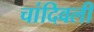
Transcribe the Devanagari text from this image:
चांदिवली